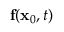
\mathbf { f } ( \mathbf { x } _ { 0 } , t )